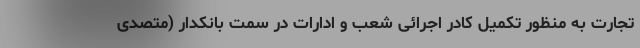
تجارت به منظور تکمیل کادر اجرائی شعب و ادارات در سمت بانکدار (متصدی